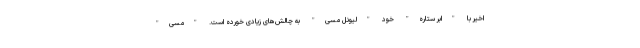
اخیر با "ابر ستاره" خود "لیونل مسی" به چالش‌های زیادی خورده است. "مسی"